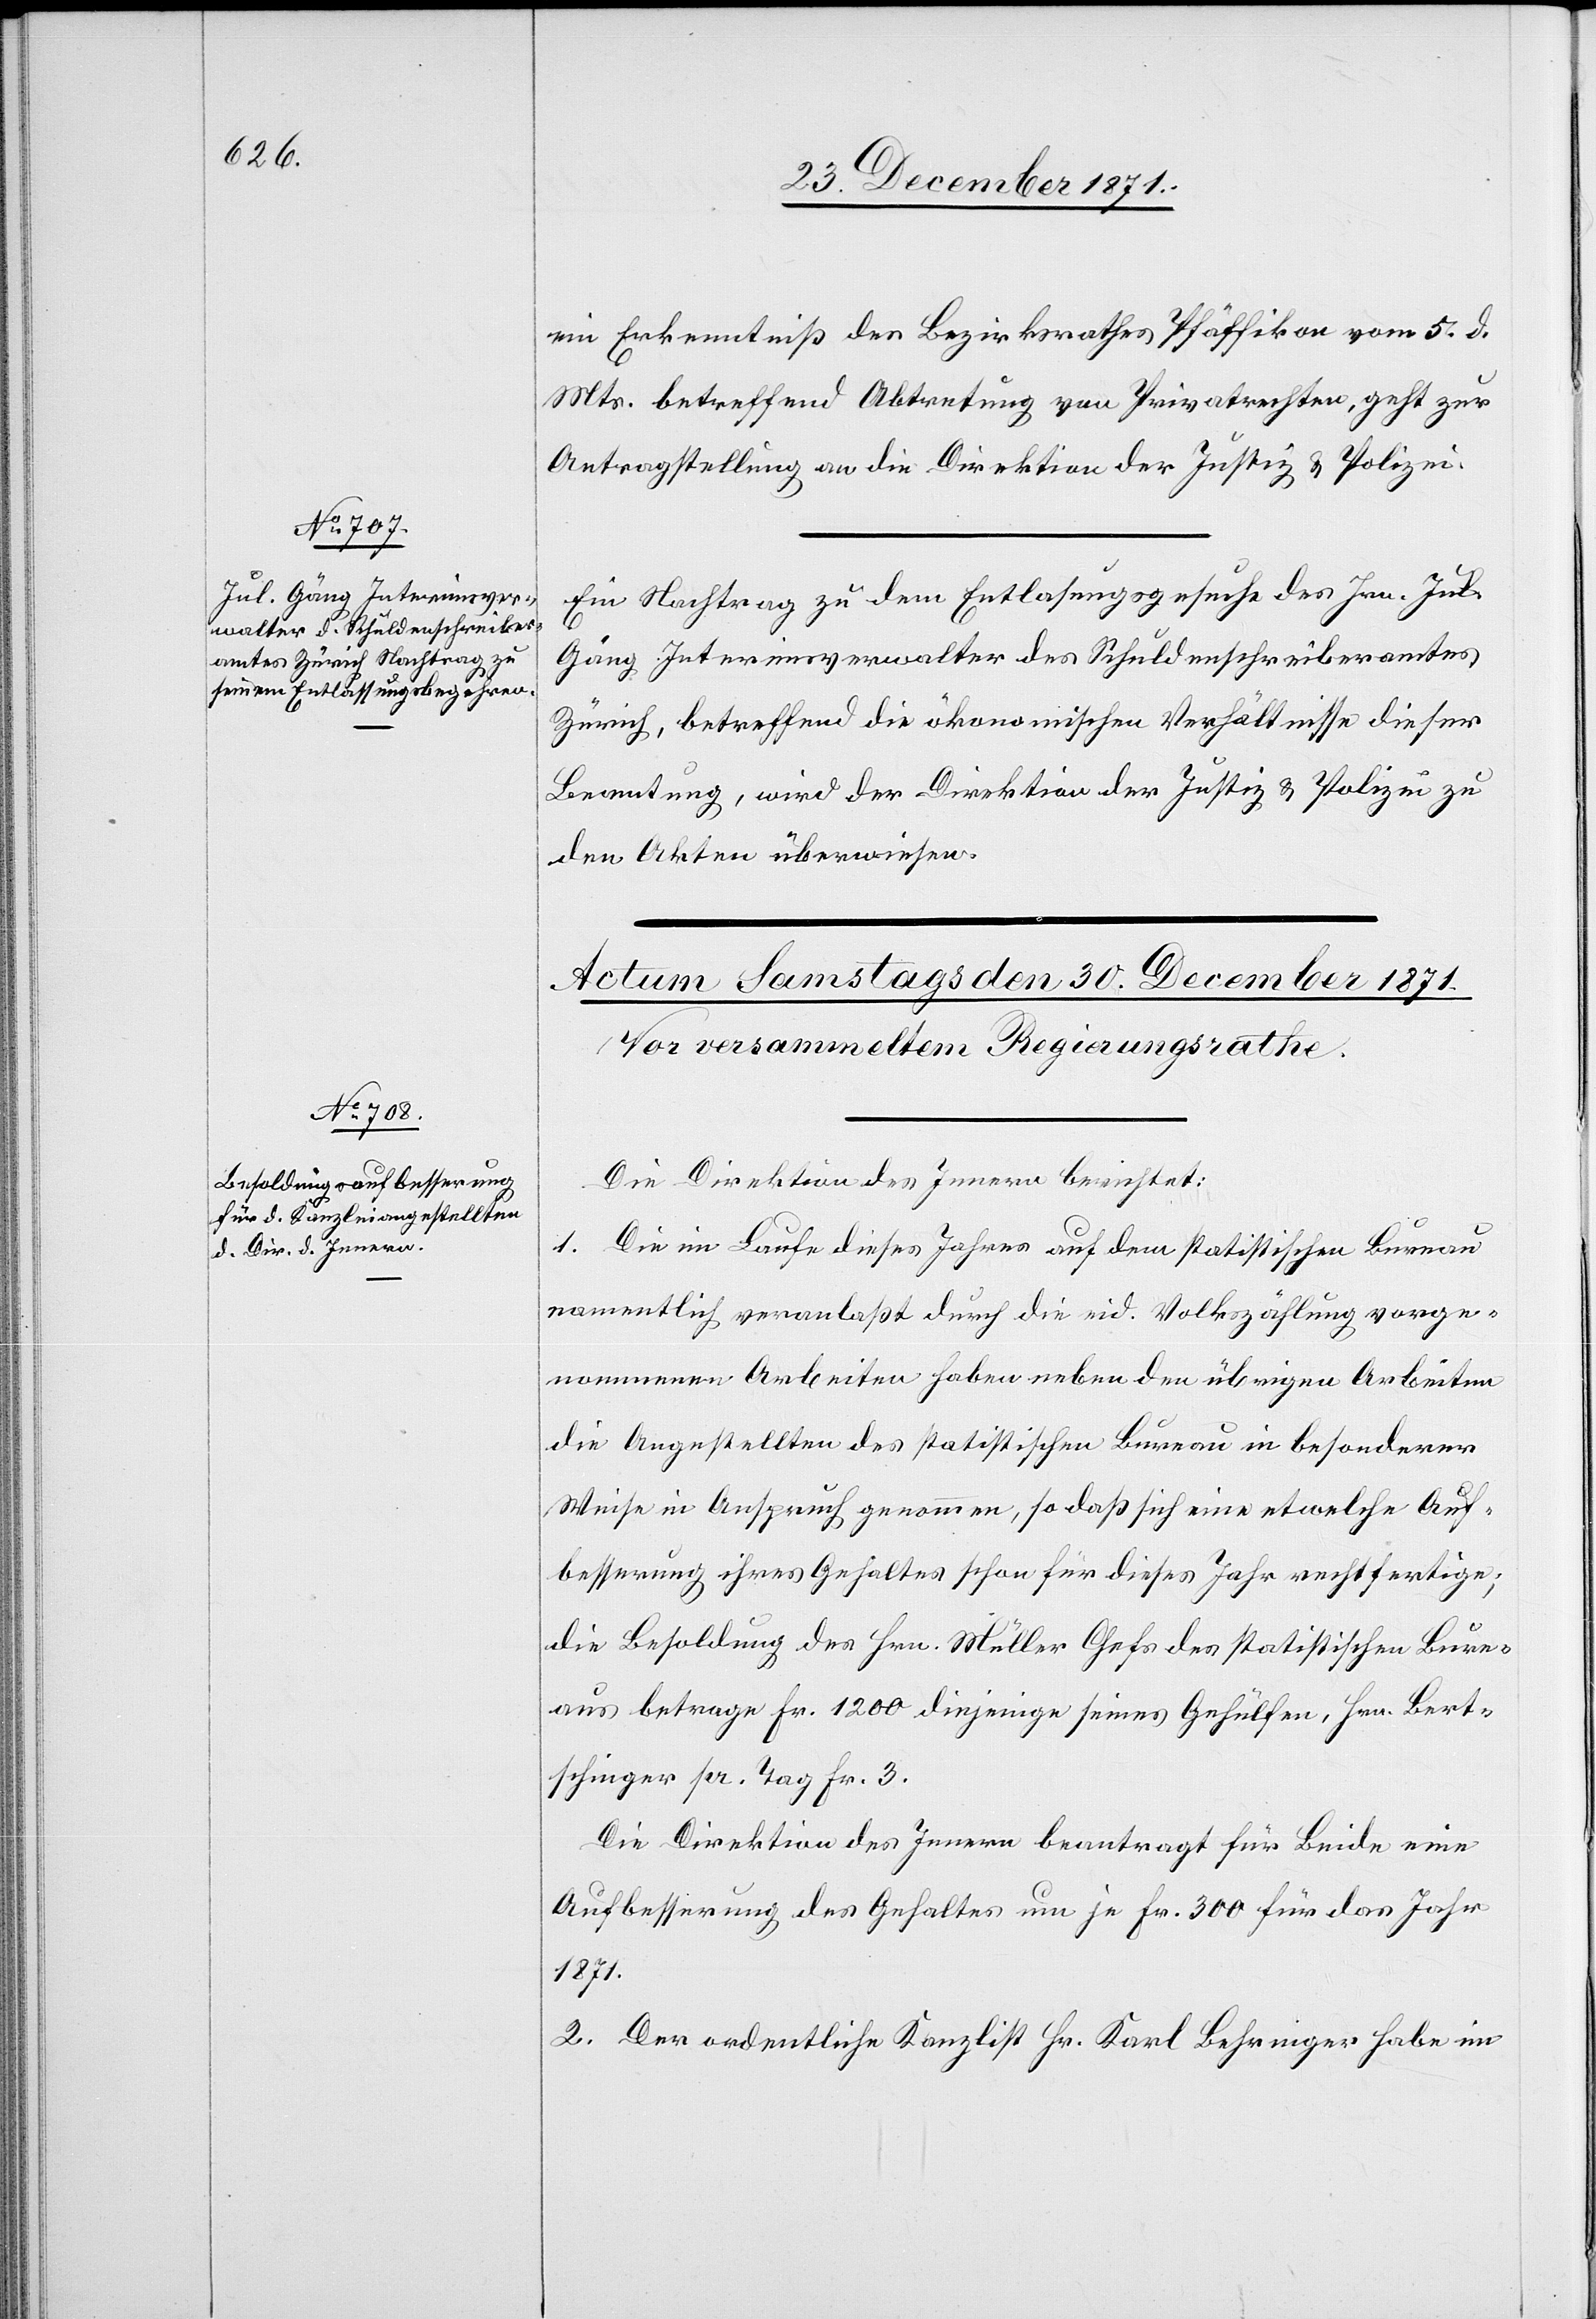
29. December 1871.]
ein Erkenntniß des Bezirksrathes Pfäffikon vom 5. d.
Mts. betreffend Abtretung von Privatrechten, geht zur
Antragstellung an die Direktion der Justiz & Polizei.
Ein Nachtrag zu dem Entlasungsgesuche [sic!] des Hrn. Jul.
Gäng, Interimsverwalter des Schuldenschreiberamtes
Zürich, betreffend die ökonomischen Verhältnisse dieser
Beamtung, wird der Direktion der Justiz & Polizei zu
den Akten überwiesen.
Die Direktion des Innern berichtet:
1. Die im Laufe dieses Jahres auf dem statistischen Bureau
namentlich veranlaßt durch die eid. Volkszählung vorge¬
nommenen Arbeiten haben neben den übrigen Arbeiten
die Angestellten des statistischen Bureau in besonderer
Weise in Anspruch genommen, so daß sich eine etwelche Auf¬
besserung ihres Gehaltes schon für dieses Jahr rechtfertige;
die Besoldung des Hrn. Müller Chefs des statistischen Bure¬
aus betrage Fr. 1200 diejenige seines Gehülfen, Hrn. Bert¬
schinger pr. Tag Fr. 3.
Die Direktion des Innern beantragt für Beide eine
Aufbesserung des Gehaltes um je Fr. 300 für das Jahr
1871.
2. Der ordentliche Kanzlist Hr. Karl Behringer habe im